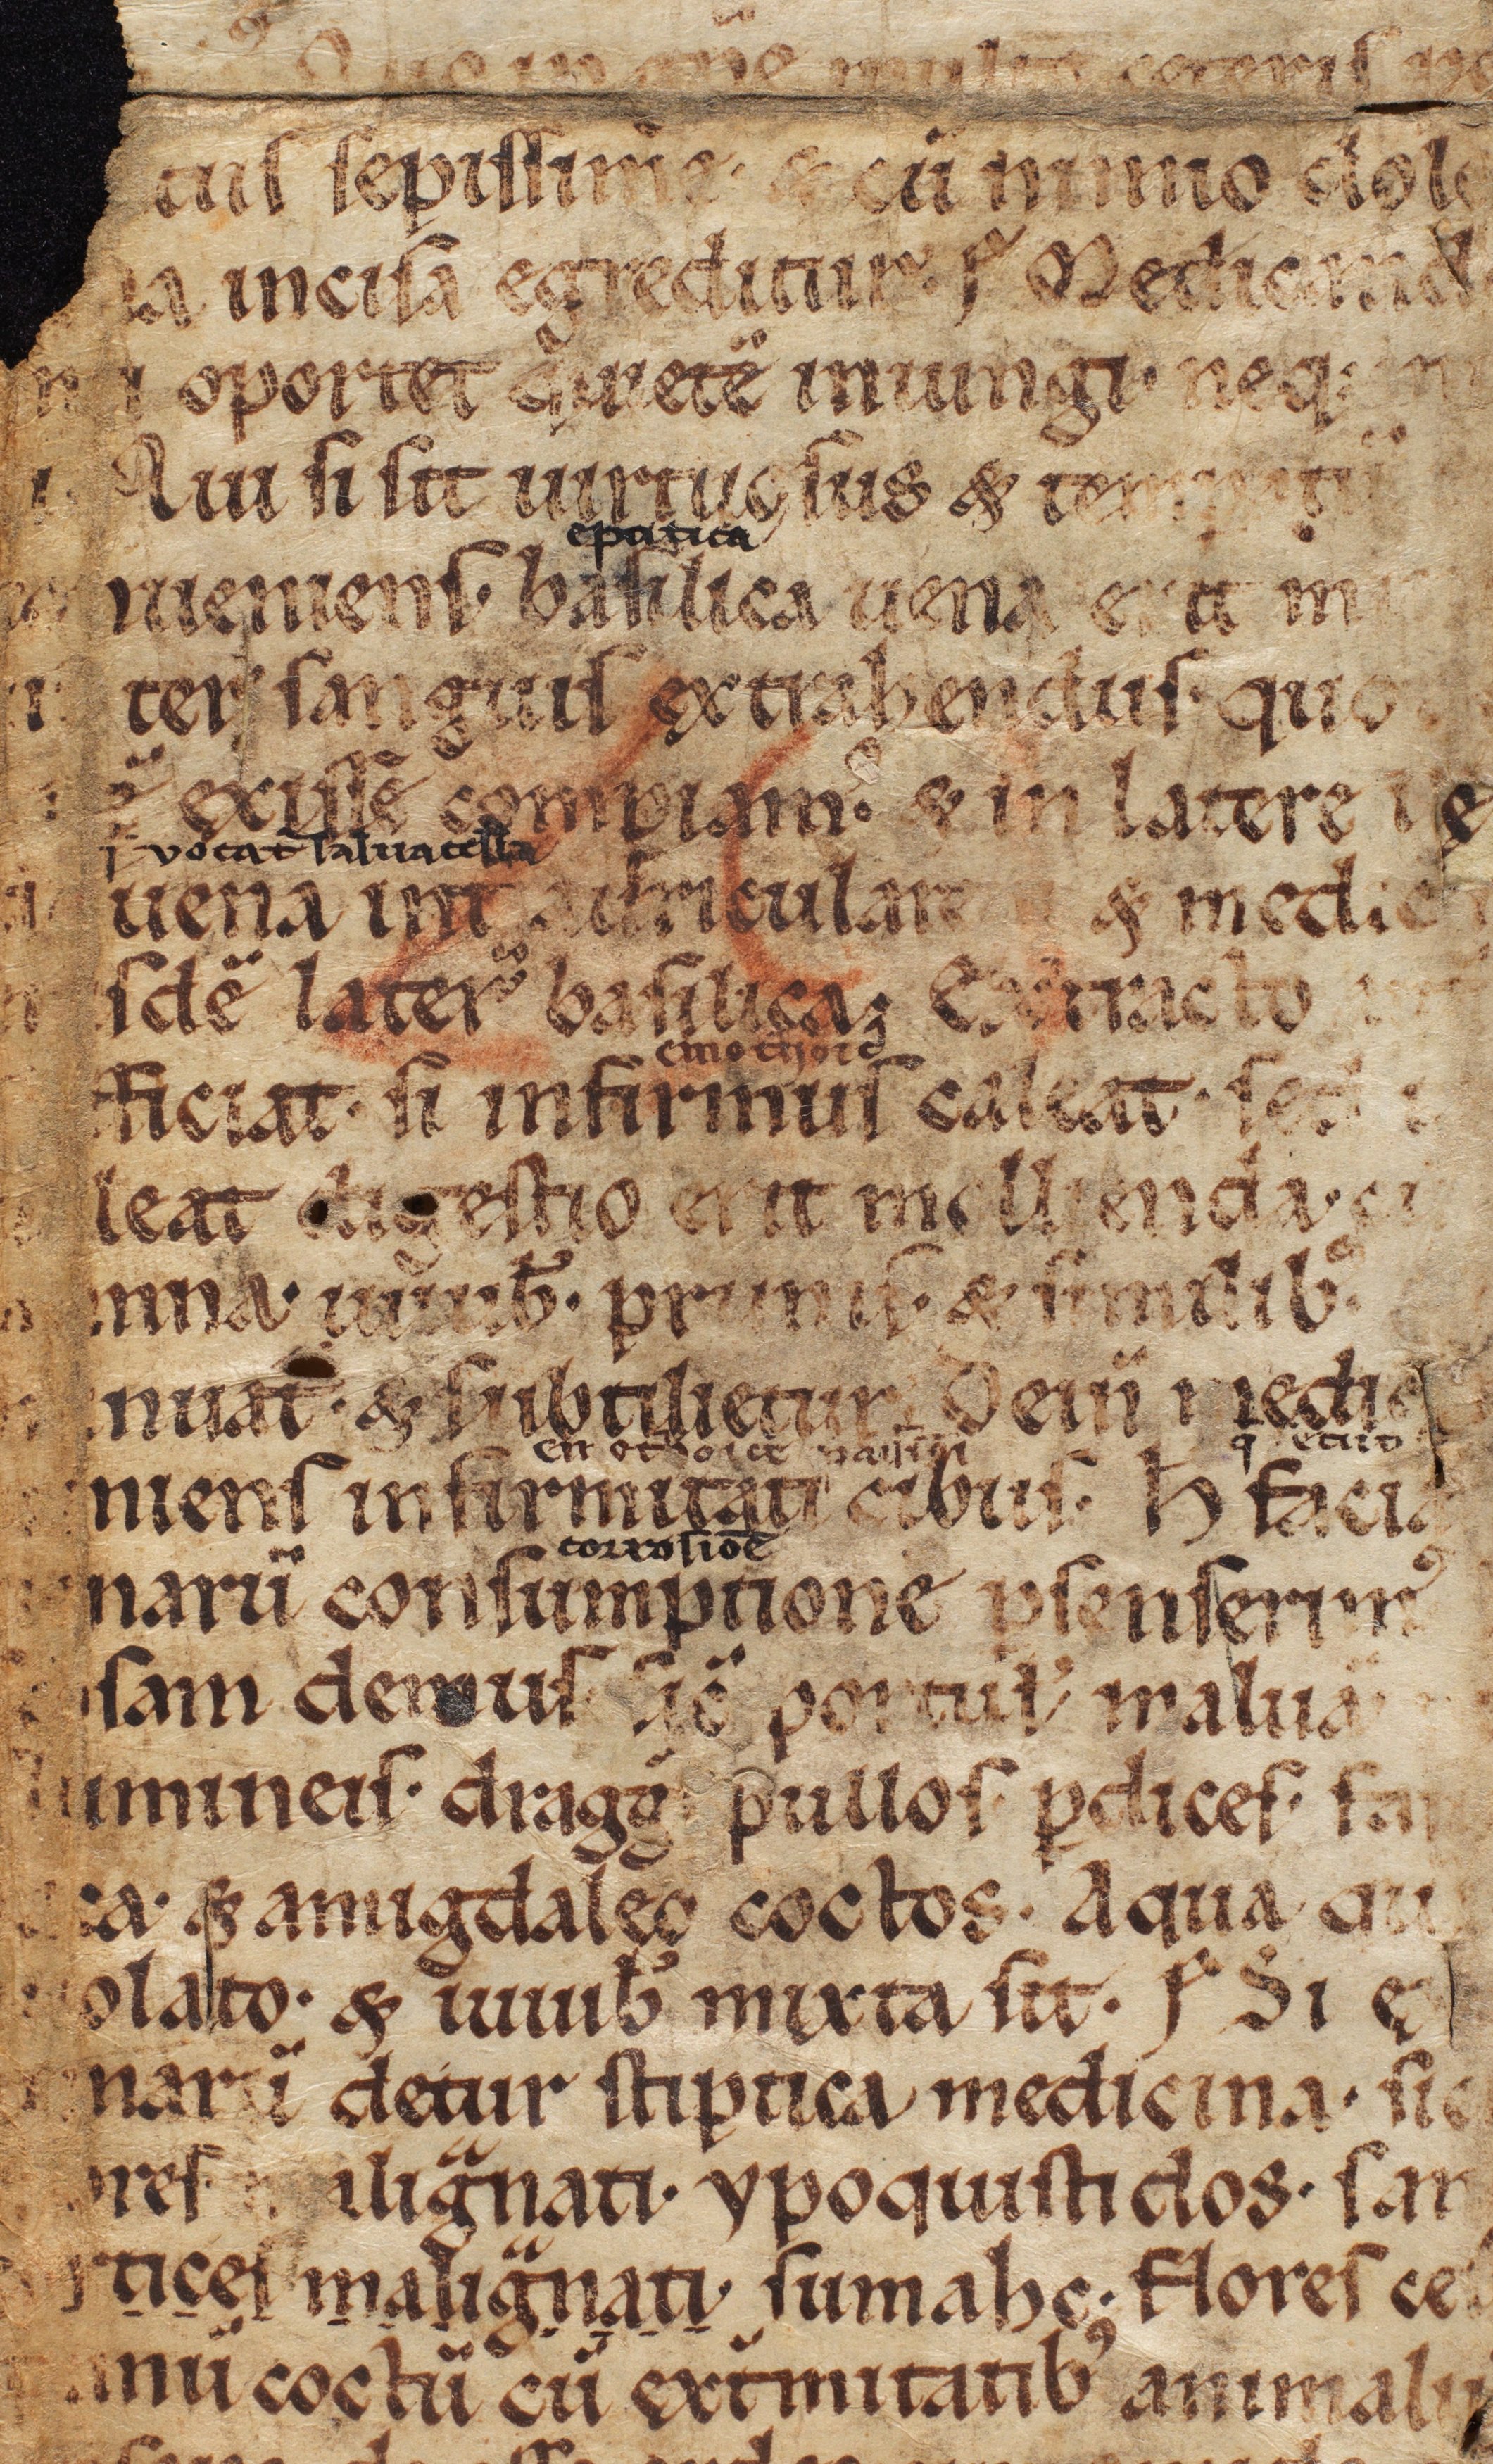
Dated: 1100–1299